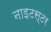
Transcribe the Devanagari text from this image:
नाइटस्टर